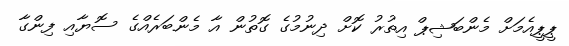
ޕީޕީއެމަށް މެންބަޝިޕް އިތުރު ކޮށް ދިނުމުގެ ގޮތުން އާ މެންބަރެއްގެ ސޮޔާއި ފިންގާ